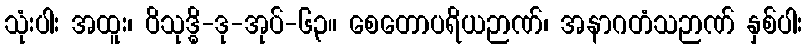
သုံးပါး အထူး၊ ဝိသုဒ္ဓိ-ဒု-အုပ်-၆၃။ စေတောပရိယဉာဏ်၊ အနာဂတံသဉာဏ် နှစ်ပါး